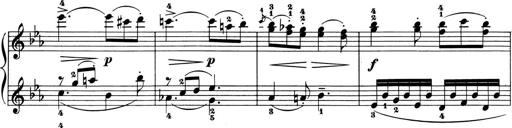
Title: 6 Piano Sonatinas
Composer: Cornelius Gurlitt